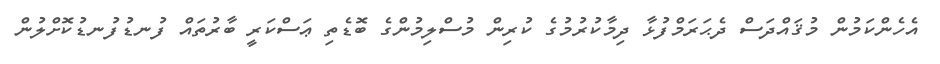
އެހެންކަމުން މުޤައްދަސް ދެޙަރަމްފުޅާ ދިމާކުރުމުގެ ކުރިން މުސްލިމުންގެ ބޮޑެތި ޢަސްކަރީ ބާރުތައް ފުނޑުފުނޑުކޮށްލުން